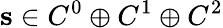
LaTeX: \mathbf s\in{C^{0}\oplus C^{1}\oplus C^{2}}